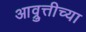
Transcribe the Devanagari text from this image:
आव्रुत्तीच्या